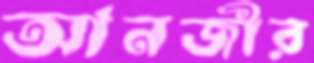
আনজীর